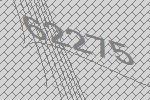
62275